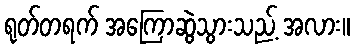
ရုတ်တရက် အကြောဆွဲသွားသည့် အလား။